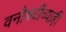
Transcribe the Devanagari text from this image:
वनौषधींच्याही